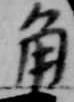
角